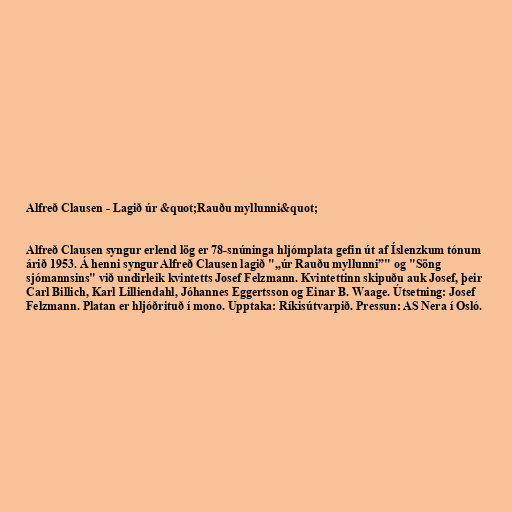
Alfreð Clausen - Lagið úr &quot;Rauðu myllunni&quot;

Alfreð Clausen syngur erlend lög er 78-snúninga hljómplata gefin út af Íslenzkum tónum
árið 1953. Á henni syngur Alfreð Clausen lagið "„úr Rauðu myllunni”" og "Söng
sjómannsins" við undirleik kvintetts Josef Felzmann. Kvintettinn skipuðu auk Josef, þeir
Carl Billich, Karl Lilliendahl, Jóhannes Eggertsson og Einar B. Waage. Útsetning: Josef
Felzmann. Platan er hljóðrituð í mono. Upptaka: Ríkisútvarpið. Pressun: AS Nera í Osló.